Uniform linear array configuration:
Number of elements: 24
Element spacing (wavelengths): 1
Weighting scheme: cosine
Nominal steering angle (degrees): -45
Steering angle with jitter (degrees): -45.931
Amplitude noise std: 0.05
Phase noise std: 0.05

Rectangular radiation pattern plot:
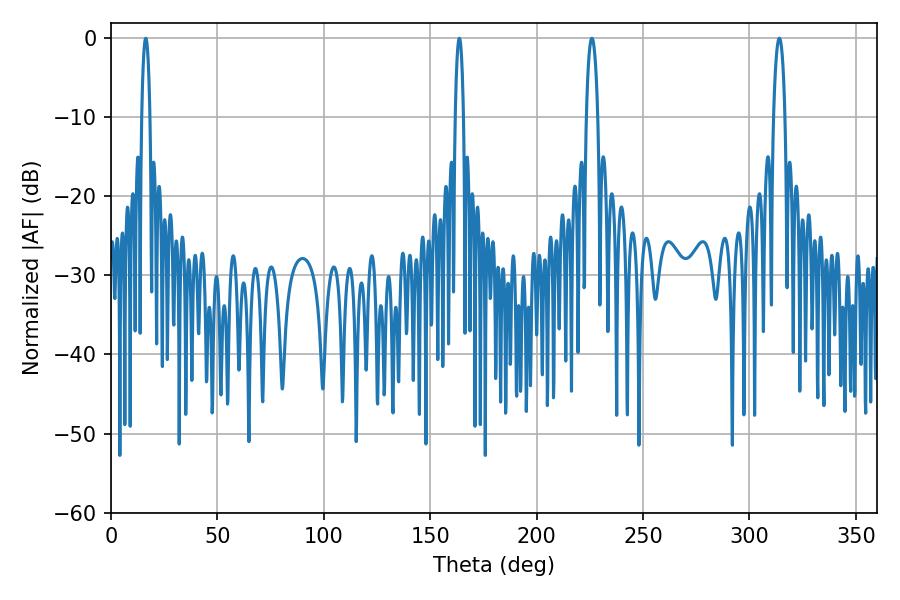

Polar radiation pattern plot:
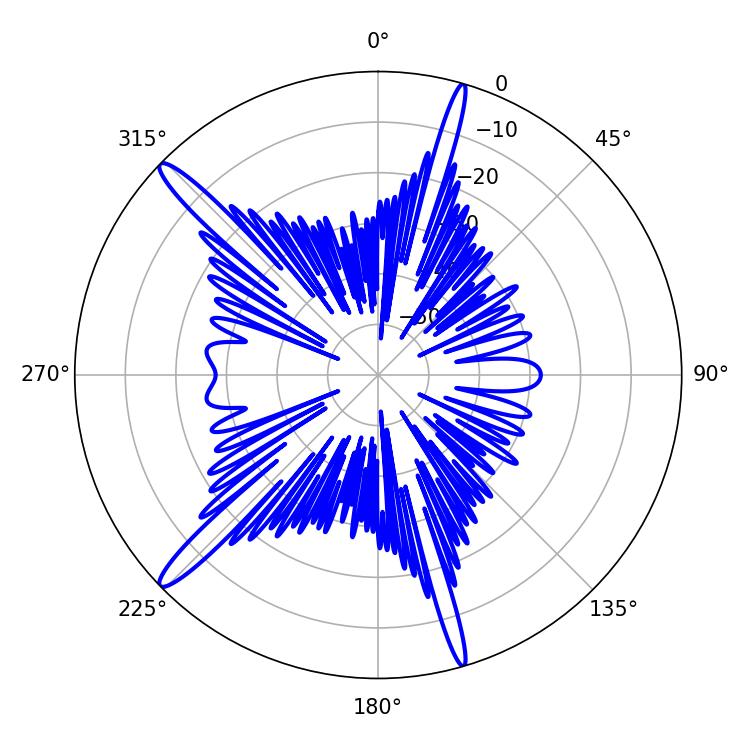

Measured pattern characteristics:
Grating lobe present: TRUE
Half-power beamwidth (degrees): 3.06
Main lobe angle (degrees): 225.9